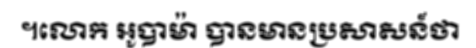
។លោក អូបាម៉ា បានមានប្រសាសន៍ថា